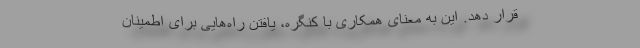
قرار دهد. این به معنای همکاری با کنگره، یافتن راه‌هایی برای اطمینان